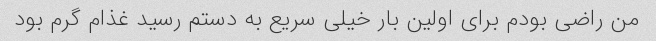
من راضی بودم برای اولین بار خیلی سریع به دستم رسید غذام گرم بود